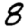
Digit: 8